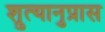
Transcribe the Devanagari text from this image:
श्रुत्यानुप्रास